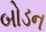
બોડન